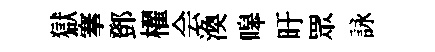
獄搴鄧櫂会渙嗥旴眾詠